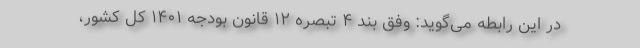
در این رابطه می‌گوید: وفق بند ۴ تبصره ۱۲ قانون بودجه ۱۴۰۱ کل کشور،